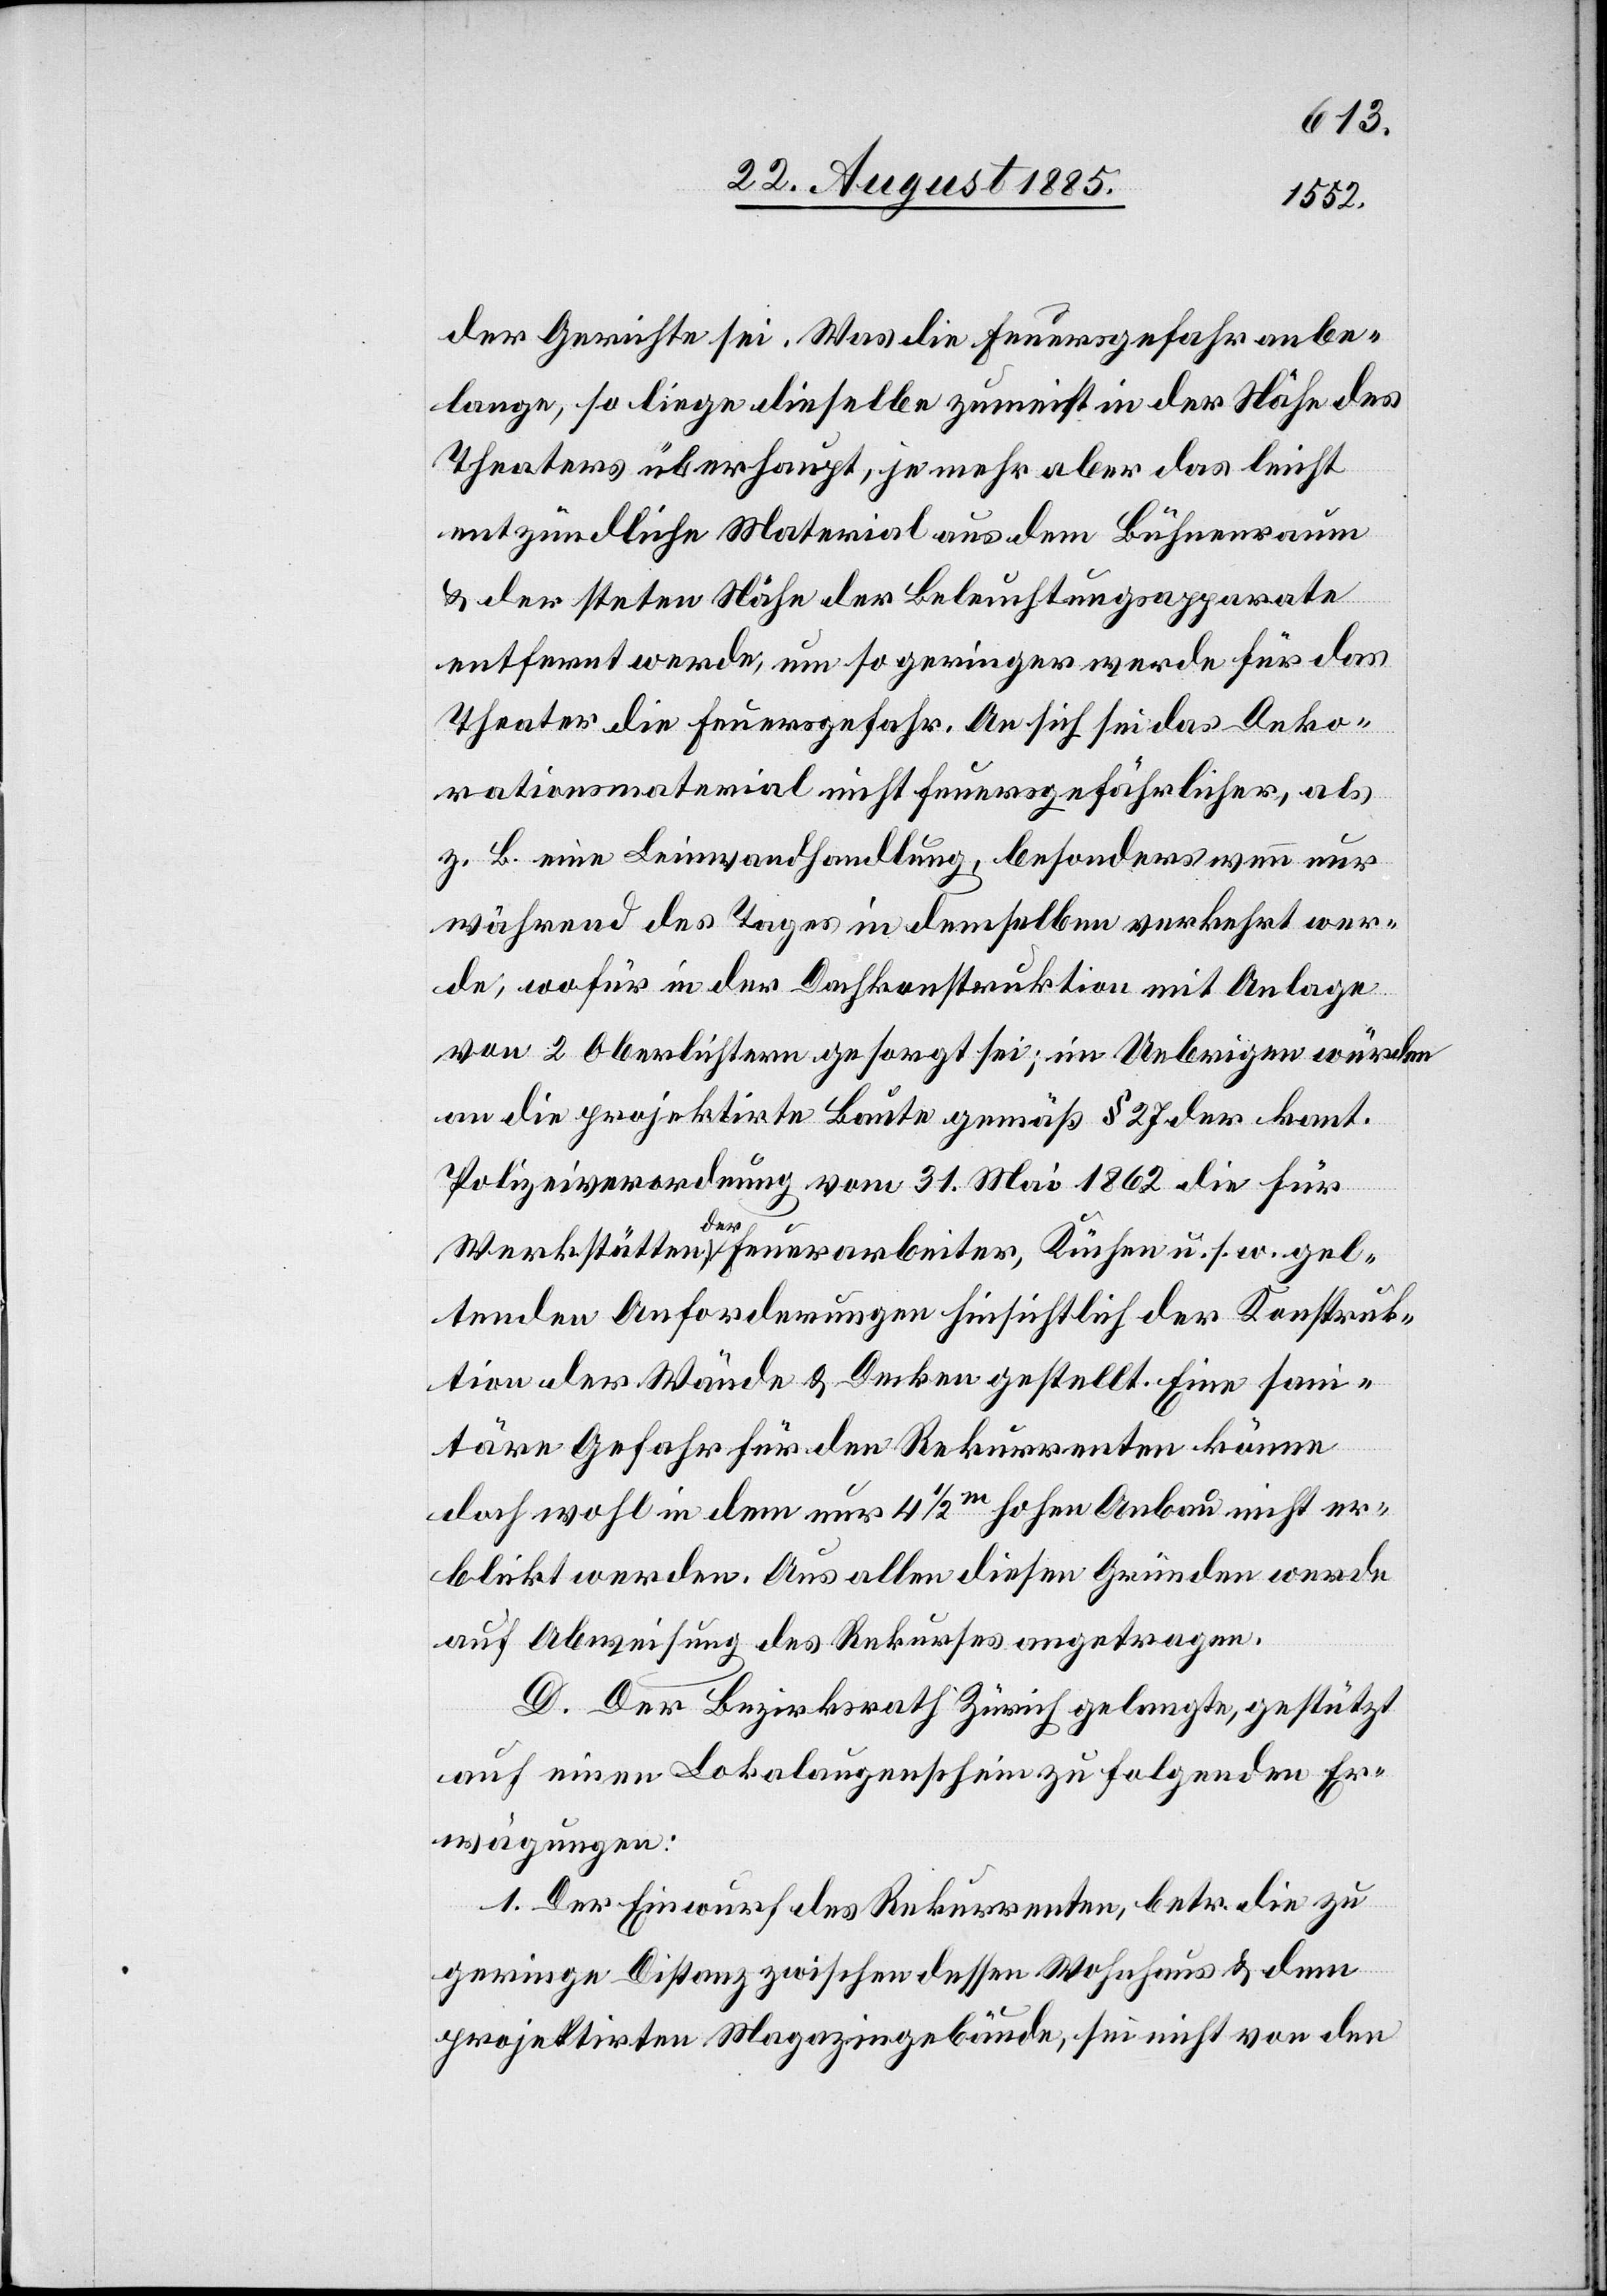
der Gerichte sei. Was die Feuergefahr anbe¬
lange, so liege dieselbe zumeist in der Nähe des
Theaters überhaupt, je mehr aber das leicht
entzündliche Material aus dem Bühnenraum
& der steten Nähe der Beleuchtungsapparate
entfernt werde, um so geringer werde für das
Theater die Feuersgefahr. An sich sei das Deko¬
rationsmaterial nicht feuergefährlicher, als
z. B. eine Leinwandhandlung, besonders wenn nur
während des Tages in demselben verkehrt wer¬
de, wofür in der Dachkonstruktion mit Anlage
von 2 Oberlichtern gesorgt sei; im Uebrigen würden
an die projektirte Baute gemäß § 27 der kant.
Polizeiverordnung vom 31. Mai 1862 die für
Werkstätten der Feuerarbeiter, Küchen u. s. w. gel¬
tenden Anforderungen hinsichtlich der Konstruk¬
tion der Wände & Decken gestellt. Eine san¬
itäre Gefahr für den Rekurrenten könne
doch wohl in dem nur 4 1/2m hohen Anbau nicht er¬
blickt werden. Aus allen diesen Gründen werde
auf Abweisung des Rekurses angetragen.
D. Der Bezirksrath Zürich gelangte, gestützt
auf einen Lokalaugenschein zu folgenden Er¬
wägungen:
1. Der Einwurf des Rekurrenten, betr. die zu
geringe Distanz zwischen dessen Wohnhaus & dem
projektirten Magazingebäude, sei nicht von den